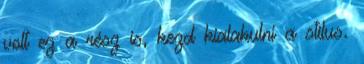
volt ez a rész is, kezd kialakulni a stílus.